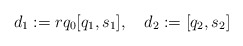
\begin{gather*} d_1 := r q_0 [q_1,s_1],\quad d_2 := [q_2,s_2] \end{gather*}